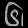
Digit: ၆